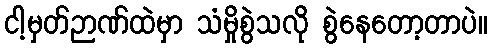
ငါ့မှတ်ဉာဏ်ထဲမှာ သံမှိုစွဲသလို စွဲနေတော့တာပဲ။